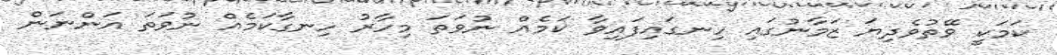
ކަމަކީ ވޭތުވެދިޔަ ޒަމާނުގައި ހިނގައިފައިވާ ކަމެއް ނުވަތަ މިހާރު ހިނގާކަމެއް ނުވަތަ އަންނަން